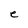
Character: e